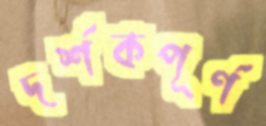
দর্শকপূর্ণ